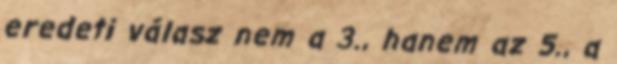
eredeti válasz nem a 3., hanem az 5., a